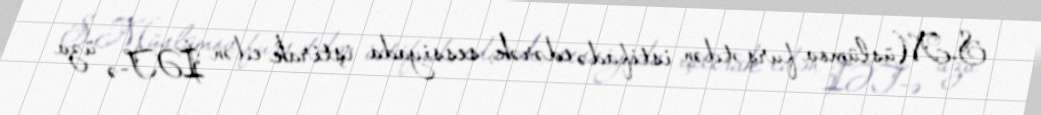
S.Müslümov fursətdən istifadə edərək, sessiyada iştirak edən İƏT-ə üzv